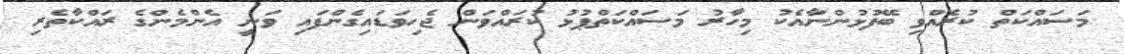
މަސައްކަތް ކުރެއްވި ބޭފުޅުންނާއެކު މިހާރު މަސައްކަތްޕުޅު ކުރައްވަން ޖެހިވަޑައިގެންފައި ވަނީ އެންމެންގެ ރައްކާތެރި